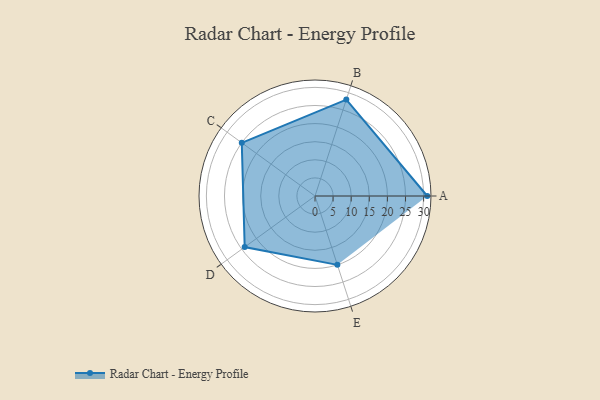
{"axis": {"x": "Skill", "y": "Score"}, "legend": ["Profile"], "data": [{"x": "A", "y": 31.0, "type": "Profile"}, {"x": "B", "y": 28.0, "type": "Profile"}, {"x": "C", "y": 25.0, "type": "Profile"}, {"x": "D", "y": 24.0, "type": "Profile"}, {"x": "E", "y": 20, "type": "Profile"}]}